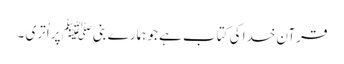
قرآن خدا کی کتاب ہے جو ہمارے بنیﷺ پر اُتری ۔